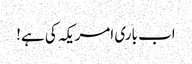
اب باری امریکہ کی ہے!